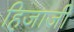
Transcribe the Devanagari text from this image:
हिजाजी